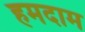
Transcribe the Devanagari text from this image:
हमदाम